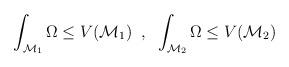
LaTeX: \begin{align*}\int_{\mathcal{M}_1} \Omega \le V(\mathcal{M}_1) \;\; , \;\;\int_{\mathcal{M}_2} \Omega \le V(\mathcal{M}_2)\end{align*}